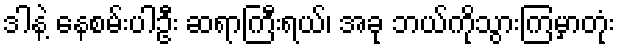
ဒါနဲ့ နေစမ်းပါဦး ဆရာကြီးရယ်၊ အခု ဘယ်ကိုသွားကြမှာတုံး